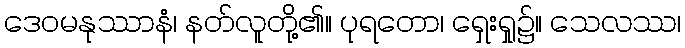
ဒေဝမနုဿာနံ၊ နတ်လူတို့၏။ ပုရတော၊ ရှေးရှု၌။ သေလဿ၊